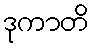
ဒုကာတိ